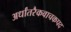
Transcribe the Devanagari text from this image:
अर्धांतरैकवाचकपद